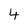
Character: 4